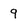
Character: 9